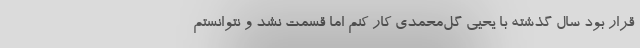
قرار بود سال گذشته با یحیی گل‌محمدی کار کنم اما قسمت نشد و نتوانستم